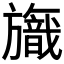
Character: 𣄞